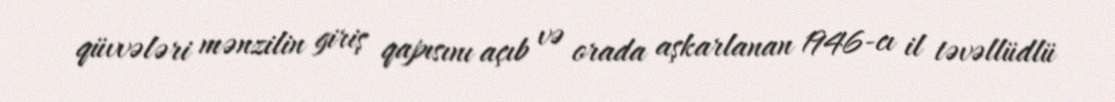
qüvvələri mənzilin giriş qapısını açıb və orada aşkarlanan 1946-cı il təvəllüdlü